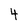
Character: 4